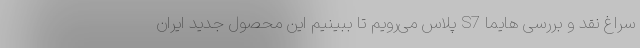
سراغ نقد و بررسی هایما S7 پلاس می‌رویم تا ببینیم این محصول جدید ایران